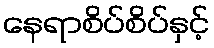
နေရာစိပ်စိပ်နှင့်